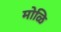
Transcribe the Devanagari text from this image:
मोळि